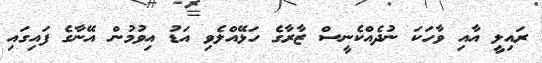
ރައިލީ އާއި ވާހަކަ ނުދެއްކެނީސް ޒާރާގެ ހަޅޭއްލެވި އަޑު އިވުމުން އޭނާގެ ފައިގައި